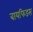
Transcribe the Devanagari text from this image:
बायफिडस